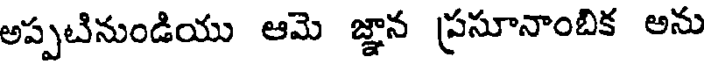
అప్పటినుండియు ఆమె జ్ఞాన ప్రసూనాంబిక అను